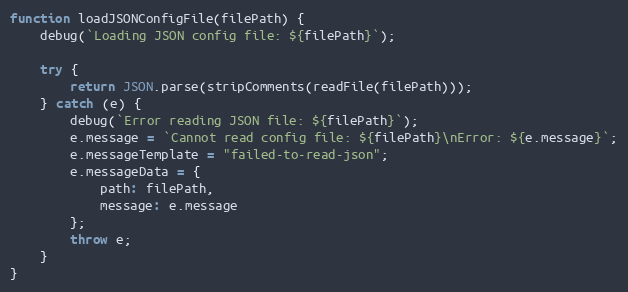
Language: JavaScript
function loadJSONConfigFile(filePath) {
    debug(`Loading JSON config file: ${filePath}`);

    try {
        return JSON.parse(stripComments(readFile(filePath)));
    } catch (e) {
        debug(`Error reading JSON file: ${filePath}`);
        e.message = `Cannot read config file: ${filePath}\nError: ${e.message}`;
        e.messageTemplate = "failed-to-read-json";
        e.messageData = {
            path: filePath,
            message: e.message
        };
        throw e;
    }
}